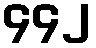
၄၄၂